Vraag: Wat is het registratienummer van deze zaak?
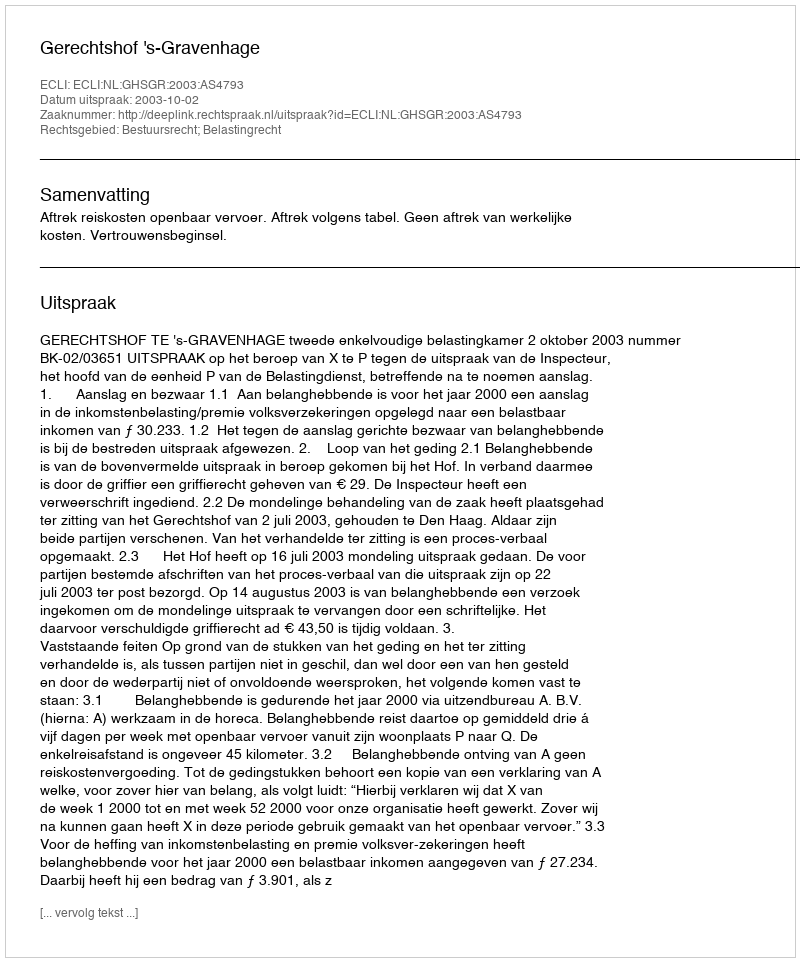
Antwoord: http://deeplink.rechtspraak.nl/uitspraak?id=ECLI:NL:GHSGR:2003:AS4793